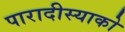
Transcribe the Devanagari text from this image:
पारादीस्याको